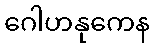
ဂေါဟနုကေန